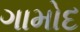
ગામોદ